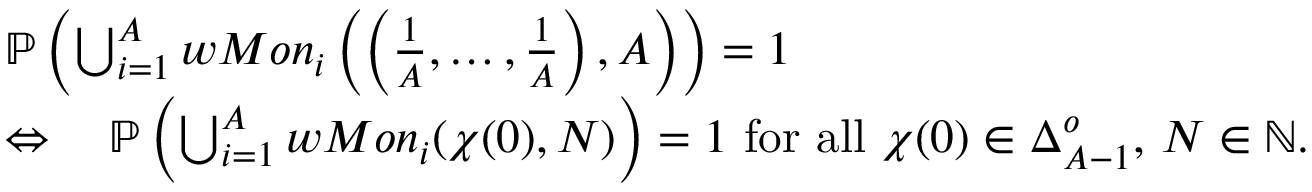
\begin{array} { r l } & { \mathbb { P } \left( \bigcup _ { i = 1 } ^ { A } w M o n _ { i } \left( \left( \frac 1 A , \ldots , \frac 1 A \right) , A \right) \right) = 1 } \\ & { \Leftrightarrow \quad \mathbb { P } \left( \bigcup _ { i = 1 } ^ { A } w M o n _ { i } ( \chi ( 0 ) , N ) \right) = 1 \mathrm { ~ f o r ~ a l l ~ } \chi ( 0 ) \in \Delta _ { A - 1 } ^ { o } , \, N \in \mathbb { N } . } \end{array}